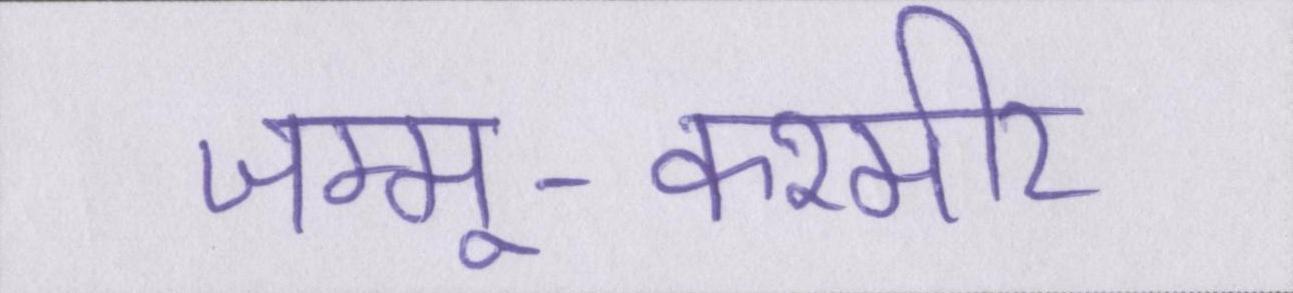
जम्मू-कश्मीर